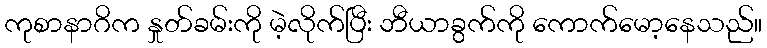
ကုစာနာဂိက နှုတ်ခမ်းကို မဲ့လိုက်ပြီး ဘီယာခွက်ကို ကောက်မော့နေသည်။